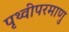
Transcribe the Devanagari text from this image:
पृथ्वीपरमाणु